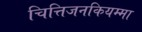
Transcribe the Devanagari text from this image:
चित्तिजनकियम्मा